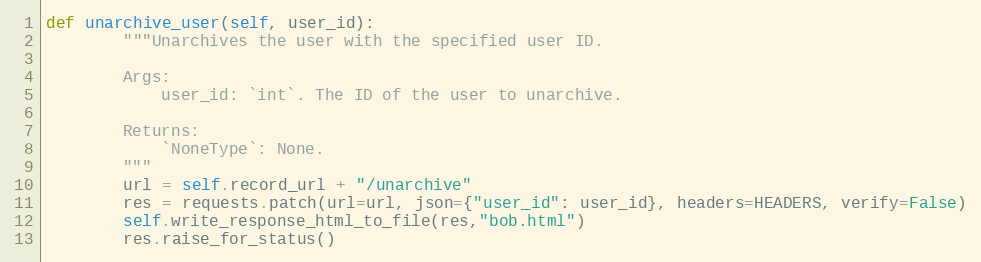
Language: Python
def unarchive_user(self, user_id):
        """Unarchives the user with the specified user ID.

        Args:
            user_id: `int`. The ID of the user to unarchive.

        Returns:
            `NoneType`: None.
        """
        url = self.record_url + "/unarchive"
        res = requests.patch(url=url, json={"user_id": user_id}, headers=HEADERS, verify=False)
        self.write_response_html_to_file(res,"bob.html")
        res.raise_for_status()